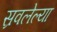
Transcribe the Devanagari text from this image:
स्रवलेल्या